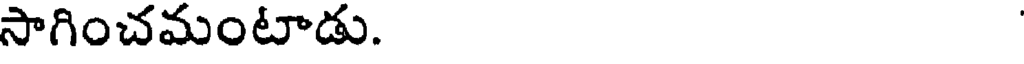
సాగించమంటాడు.